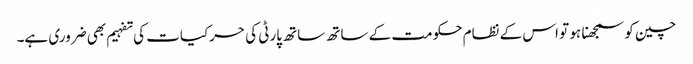
چین کو سمجھنا ہو تو اس کے نظام حکومت کے ساتھ ساتھ پارٹی کی حرکیات کی تفہیم بھی ضروری ہے۔